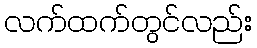
လက်ထက်တွင်လည်း